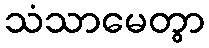
သံသာမေတွာ